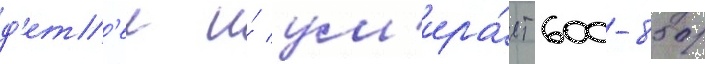
д'ет'еи и́ ум'ира́ет 600-850